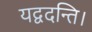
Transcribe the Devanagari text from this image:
यद्वदन्ति।